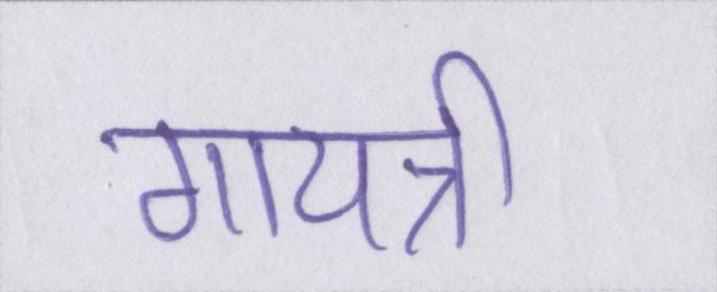
गायत्री